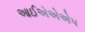
આઈએએએપ